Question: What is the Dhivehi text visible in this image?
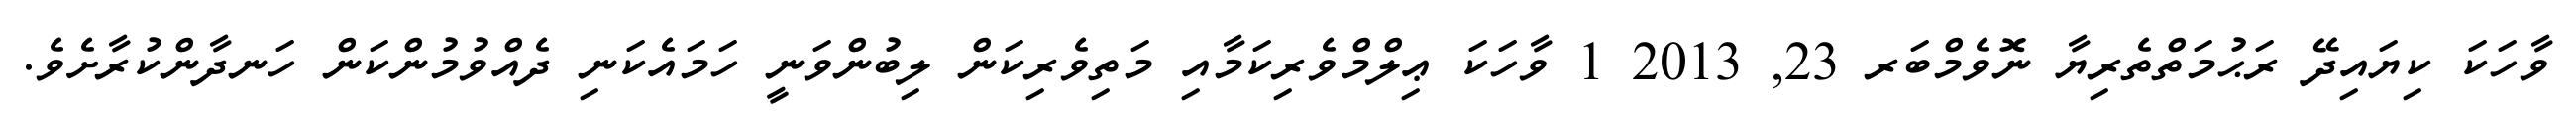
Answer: ވާހަކަ ކިޔައިދޭ ރަޙުމަތްތެރިޔާ ނޮވެމްބަރ 23, 2013 1 ވާހަކަ ޢިލްމްވެރިކަމާއި މަތިވެރިކަން ލިބުންވަނީ ހަމައެކަނި ދެއްވުމުންކަން ހަނދާންކުރާށެވެ.